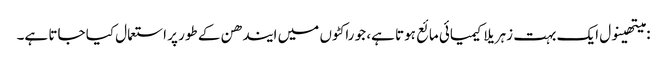
: میتھینول ایک بہت زہریلا کیمیائی مائع ہوتا ہے، جو راکٹوں میں ایندھن کے طور پر استعمال کیا جاتا ہے۔